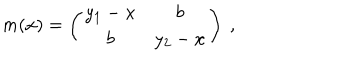
m ( x ) = \left( \begin{array} { c c } { { y _ { 1 } - x } } & { { b } } \\ { { b } } & { { y _ { 2 } - x } } \\ \end{array} \right) ~ ,